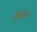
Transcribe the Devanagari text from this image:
भुदान